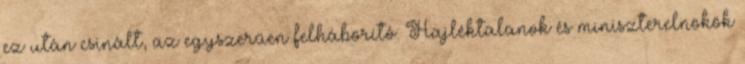
ez után csinált, az egyszerűen felháborító. Hajléktalanok és miniszterelnökök